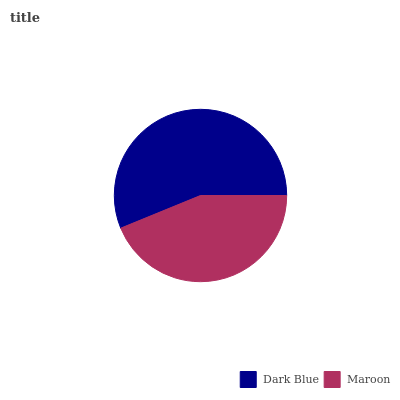
| Dark Blue | Maroon |
 | --- | --- |
 | 56.2% | 43.8% |